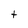
Character: t